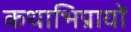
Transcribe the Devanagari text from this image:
कथाभिप्रायों